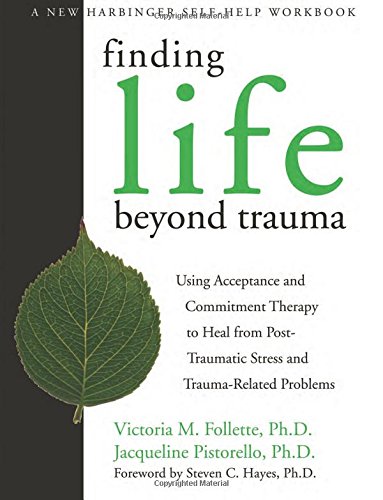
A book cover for Finding Life Beyond Trauma: Using Acceptance and Commitment Therapy to Heal from Post-Traumatic Stress and Trauma-Related Problems (New Harbinger Self-Help Workbook); Victoria M. Follette; Health, Fitness & Dieting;